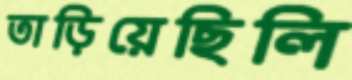
তাড়িয়েছিলি